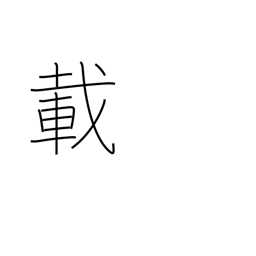
Meaning: 10**44